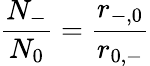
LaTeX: \frac{N_{-}}{N_{0}}=\frac{r_{-,0}}{r_{0,-}}